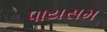
પાયસમ